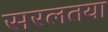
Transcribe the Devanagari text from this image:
सरलतया